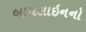
બાયલાઇનનો